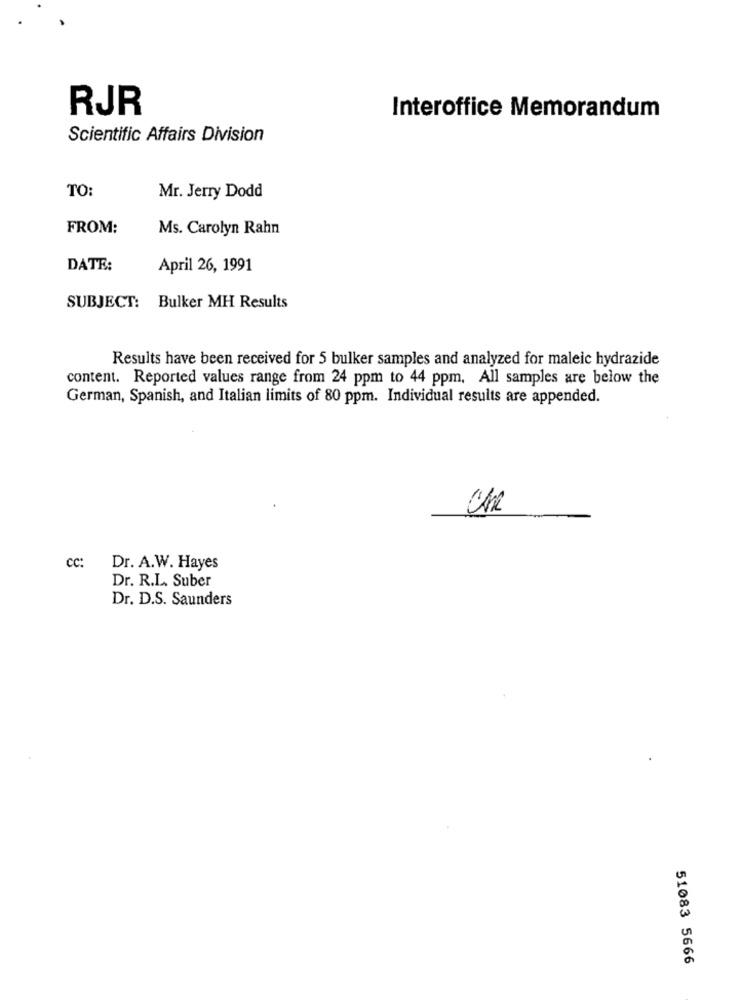
RJR
Interoffice Memorandum
Scientific Affairs Division
TO:
Mr. Jerry Dodd
FROM:
Ms. Carolyn Rahn
DATE:
April 26, 1991
SUBJECT: Bulker MH Results
Results have been received for 5 bulker samples and analyzed for maleic hydrazide
content. Reported values range from 24 ppm to 44 ppm, All samples are below the
German, Spanish, and Italian limits of 80 ppm. Individual results are appended.
CC:
Dr. A.W. Hayes
Dr. R.L. Suber
Dr. D.S. Saunders
51083 5666